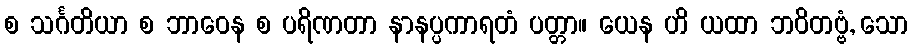
စ သင်္ဂတိယာ စ ဘာဝေန စ ပရိဏတာ နာနပ္ပကာရတံ ပတ္တာ။ ယေန ဟိ ယထာ ဘဝိတဗ္ဗံ, သော